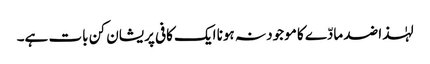
لہٰذا ضد مادّے کا موجود نہ ہونا ایک کافی پریشان کن بات ہے۔